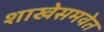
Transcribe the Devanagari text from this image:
शाखेसमवेत